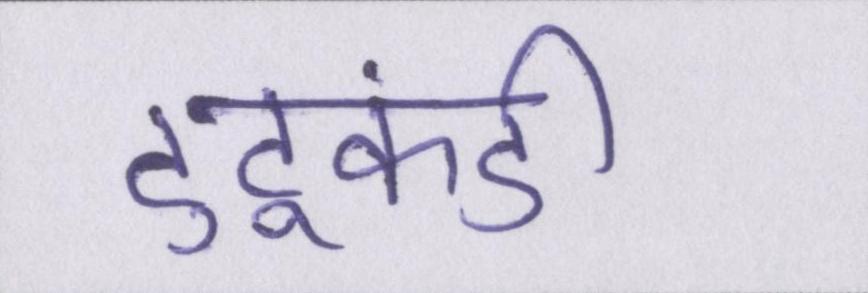
टुटूकंडी